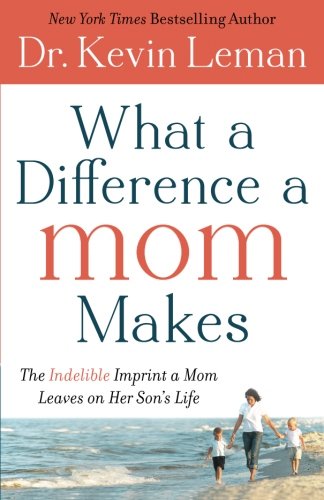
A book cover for What a Difference a Mom Makes: The Indelible Imprint a Mom Leaves on Her Son's Life; Dr. Kevin Leman; Parenting & Relationships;